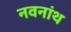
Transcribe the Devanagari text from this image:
नवनांथ